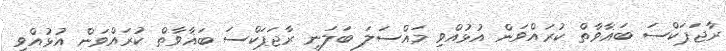
ރާޖަޕަކްސަ ބަޣާވާތް ކުރައްވަން އުޅުއްވި މައްސަލަ ބަލަނީ ރާޖަޕަކްސަ ބަޣާވާތް ކުރައްވަން އުޅުއްވި